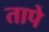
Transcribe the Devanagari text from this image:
तापे